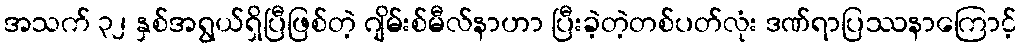
အသက် ၃၂ နှစ်အရွယ်ရှိပြီဖြစ်တဲ့ ဂျိမ်းစ်မီလ်နာဟာ ပြီးခဲ့တဲ့တစ်ပတ်လုံး ဒဏ်ရာပြဿနာကြောင့်